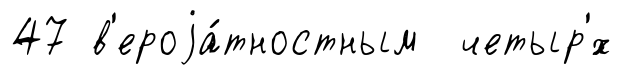
47 в'ероjа́тностным четыр'́х